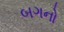
બગનો